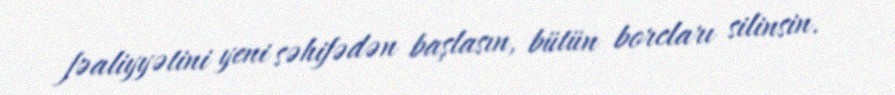
fəaliyyətini yeni səhifədən başlasın, bütün borcları silinsin.